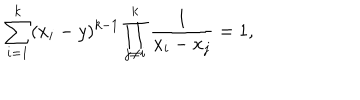
\sum _ { i = 1 } ^ { k } ( x _ { i } - y ) ^ { k - 1 } \prod _ { j \ne i } ^ { k } \frac { 1 } { x _ { i } - x _ { j } } = 1 ,